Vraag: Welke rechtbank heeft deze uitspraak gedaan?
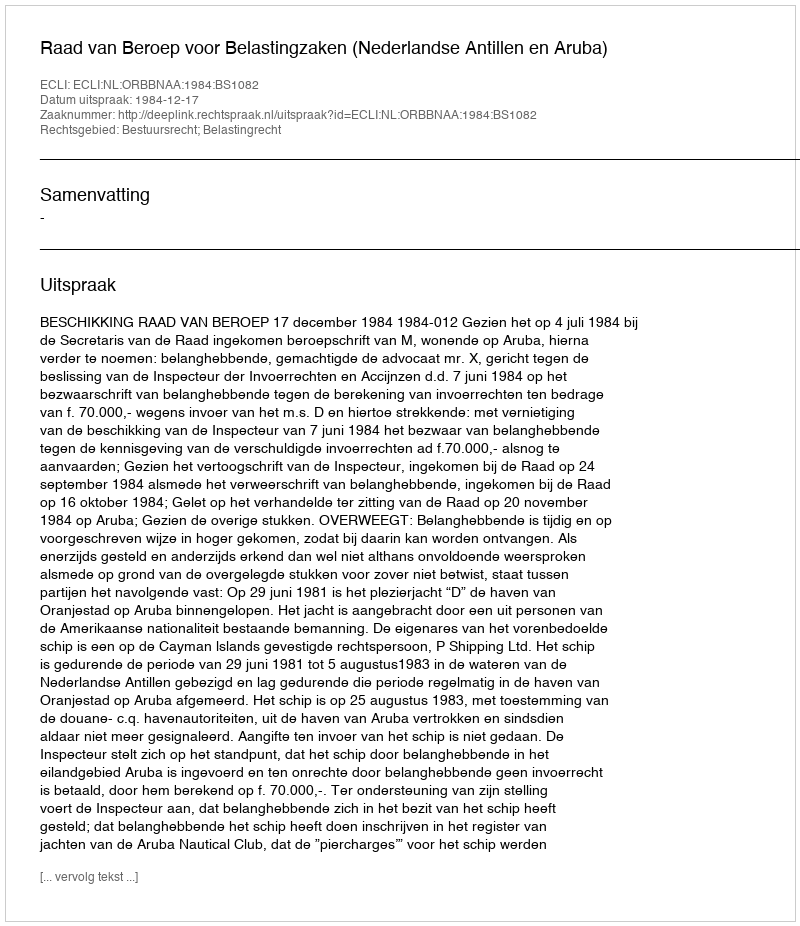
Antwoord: Raad van Beroep voor Belastingzaken (Nederlandse Antillen en Aruba)